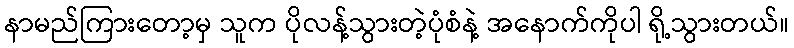
နာမည်ကြားတော့မှ သူက ပိုလန့်သွားတဲ့ပုံစံနဲ့ အနောက်ကိုပါ ရို့သွားတယ်။